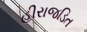
હીરાજડિત